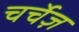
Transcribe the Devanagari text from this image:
चर्चेज़